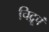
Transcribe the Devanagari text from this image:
चिद्रूपं